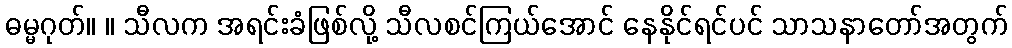
ဓမ္မဂုတ်။ ။ သီလက အရင်းခံဖြစ်လို့ သီလစင်ကြယ်အောင် နေနိုင်ရင်ပင် သာသနာတော်အတွက်